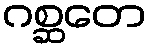
ဂစ္ဆတေ